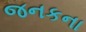
જનકના